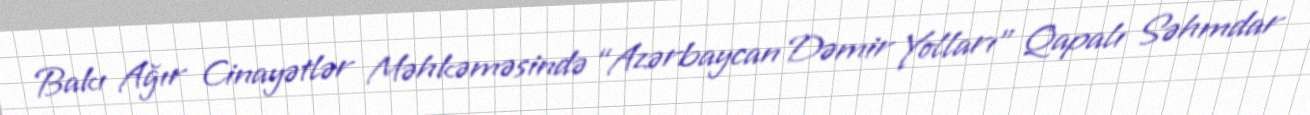
Bakı Ağır Cinayətlər Məhkəməsində “Azərbaycan Dəmir Yolları” Qapalı Səhmdar